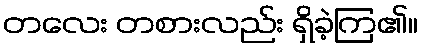
တလေး တစားလည်း ရှိခဲ့ကြ၏။